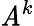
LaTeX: \mathit{A}^{k}